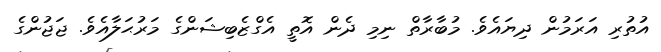
އުތުރި އަރަމުން ދިޔައެވެ. މުބާރާތް ނިމި ދެން އޮތީ އެގްޒެބިޝަންގެ މަރުޙަލާއެވެ. ޖަޖުންގެ